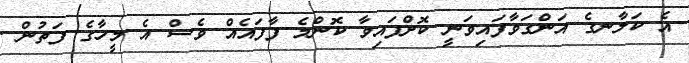
އެ ކަލާނގެ އަންގަވާފައިވަނީ ކޮށްފައިވާ ކޮންމެ ފާފައެއް ވެސް އެ މީހާގެ ފަތުން